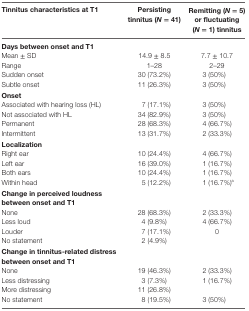
| Tinnitus characteristics at T1 | Persisting tinnitus (N = 41) | Remitting (N = 5) or fluctuating (N = 1) tinnitus |
 | --- | --- | --- |
 | Days between onset and T1 |  |  |
 | Mean ± SD | 14.9 ± 8.5 | 7.7 ± 10.7 |
 | Range | 1–28 | 2–29 |
 | Sudden onset | 30 (73.2%) | 3 (50%) |
 | Subtle onset | 11 (26.3%) | 3 (50%) |
 | Onset |  |  |
 | Associated with hearing loss (HL) | 7 (17.1%) | 3 (50%) |
 | Not associated with HL | 34 (82.9%) | 3 (50%) |
 | Permanent | 28 (68.3%) | 4 (66.7%) |
 | Intermittent | 13 (31.7%) | 2 (33.3%) |
 | Localization |  |  |
 | Right ear | 10 (24.4%) | 4 (66.7%) |
 | Left ear | 16 (39.0%) | 1 (16.7%) |
 | Both ears | 10 (24.4%) | 1 (16.7%) |
 | Within head | 5 (12.2%) | 1 (16.7%)a |
 | Change in perceived loudness between onset and T1 |  |  |
 | None | 28 (68.3%) | 2 (33.3%) |
 | Less loud | 4 (9.8%) | 4 (66.7%) |
 | Louder | 7 (17.1%) | 0 |
 | No statement | 2 (4.9%) |
 | Change in tinnitus-related distress between onset and T1 |  |  |
 | None | 19 (46.3%) | 2 (33.3%) |
 | Less distressing | 3 (7.3%) | 1 (16.7%) |
 | More distressing | 11 (26.8%) |
 | No statement | 8 (19.5%) | 3 (50%) |